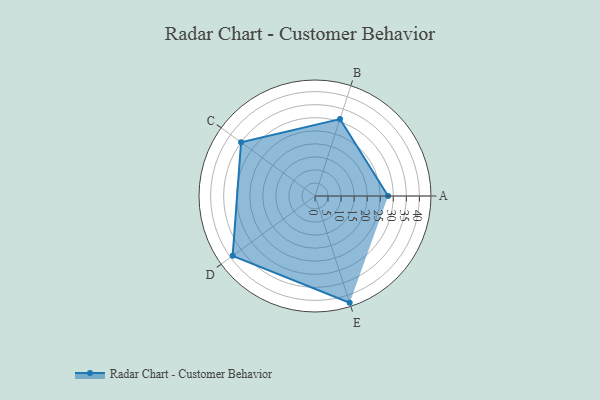
{"axis": {"x": "Skill", "y": "Score"}, "legend": ["Profile"], "data": [{"x": "A", "y": 28.0, "type": "Profile"}, {"x": "B", "y": 31.0, "type": "Profile"}, {"x": "C", "y": 35.0, "type": "Profile"}, {"x": "D", "y": 39.0, "type": "Profile"}, {"x": "E", "y": 43.0, "type": "Profile"}]}